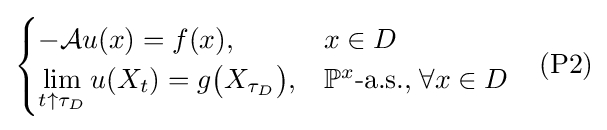
{\begin{cases}-{\mathcal {A}}u(x)=f(x),&x\in D\\\displaystyle {\lim _{t\uparrow \tau _{D}}u(X_{t})}=g{\big (}X_{\tau _{D}}{\big )},&\mathbb {P} ^{x}{\mbox{-a.s.,}}\;\forall x\in D\end{cases}}\quad {\mbox{(P2)}}